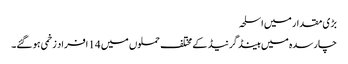
بڑی مقدار میں اسلحہ
چارسدہ میں ہینڈ گرنیڈ کے مختلف حملوں میں 14 افراد زخمی ہو گئے۔